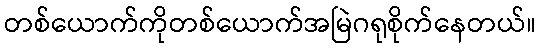
တစ်ယောက်ကိုတစ်ယောက်အမြဲဂရုစိုက်နေတယ်။